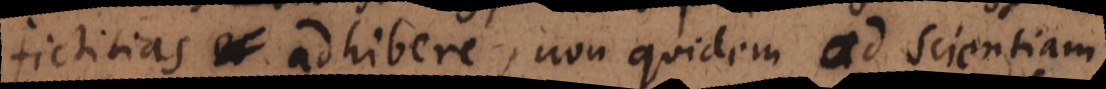
fictitias adhibere, non quidem ad scientiam